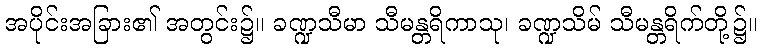
အပိုင်းအခြား၏ အတွင်း၌။ ခဏ္ဍသီမာ သီမန္တရိကာသု၊ ခဏ္ဍသိမ် သီမန္တရိက်တို့၌။